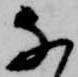
な